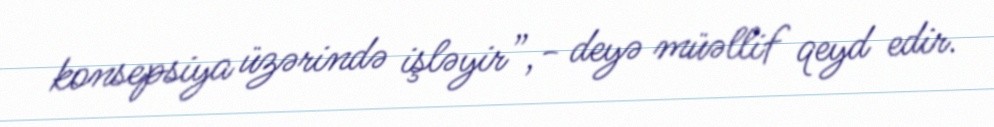
konsepsiya üzərində işləyir”,- deyə müəllif qeyd edir.